65_HS1-834228961_62-HQ-83894_Section_6
Agency: FBI
Page 147
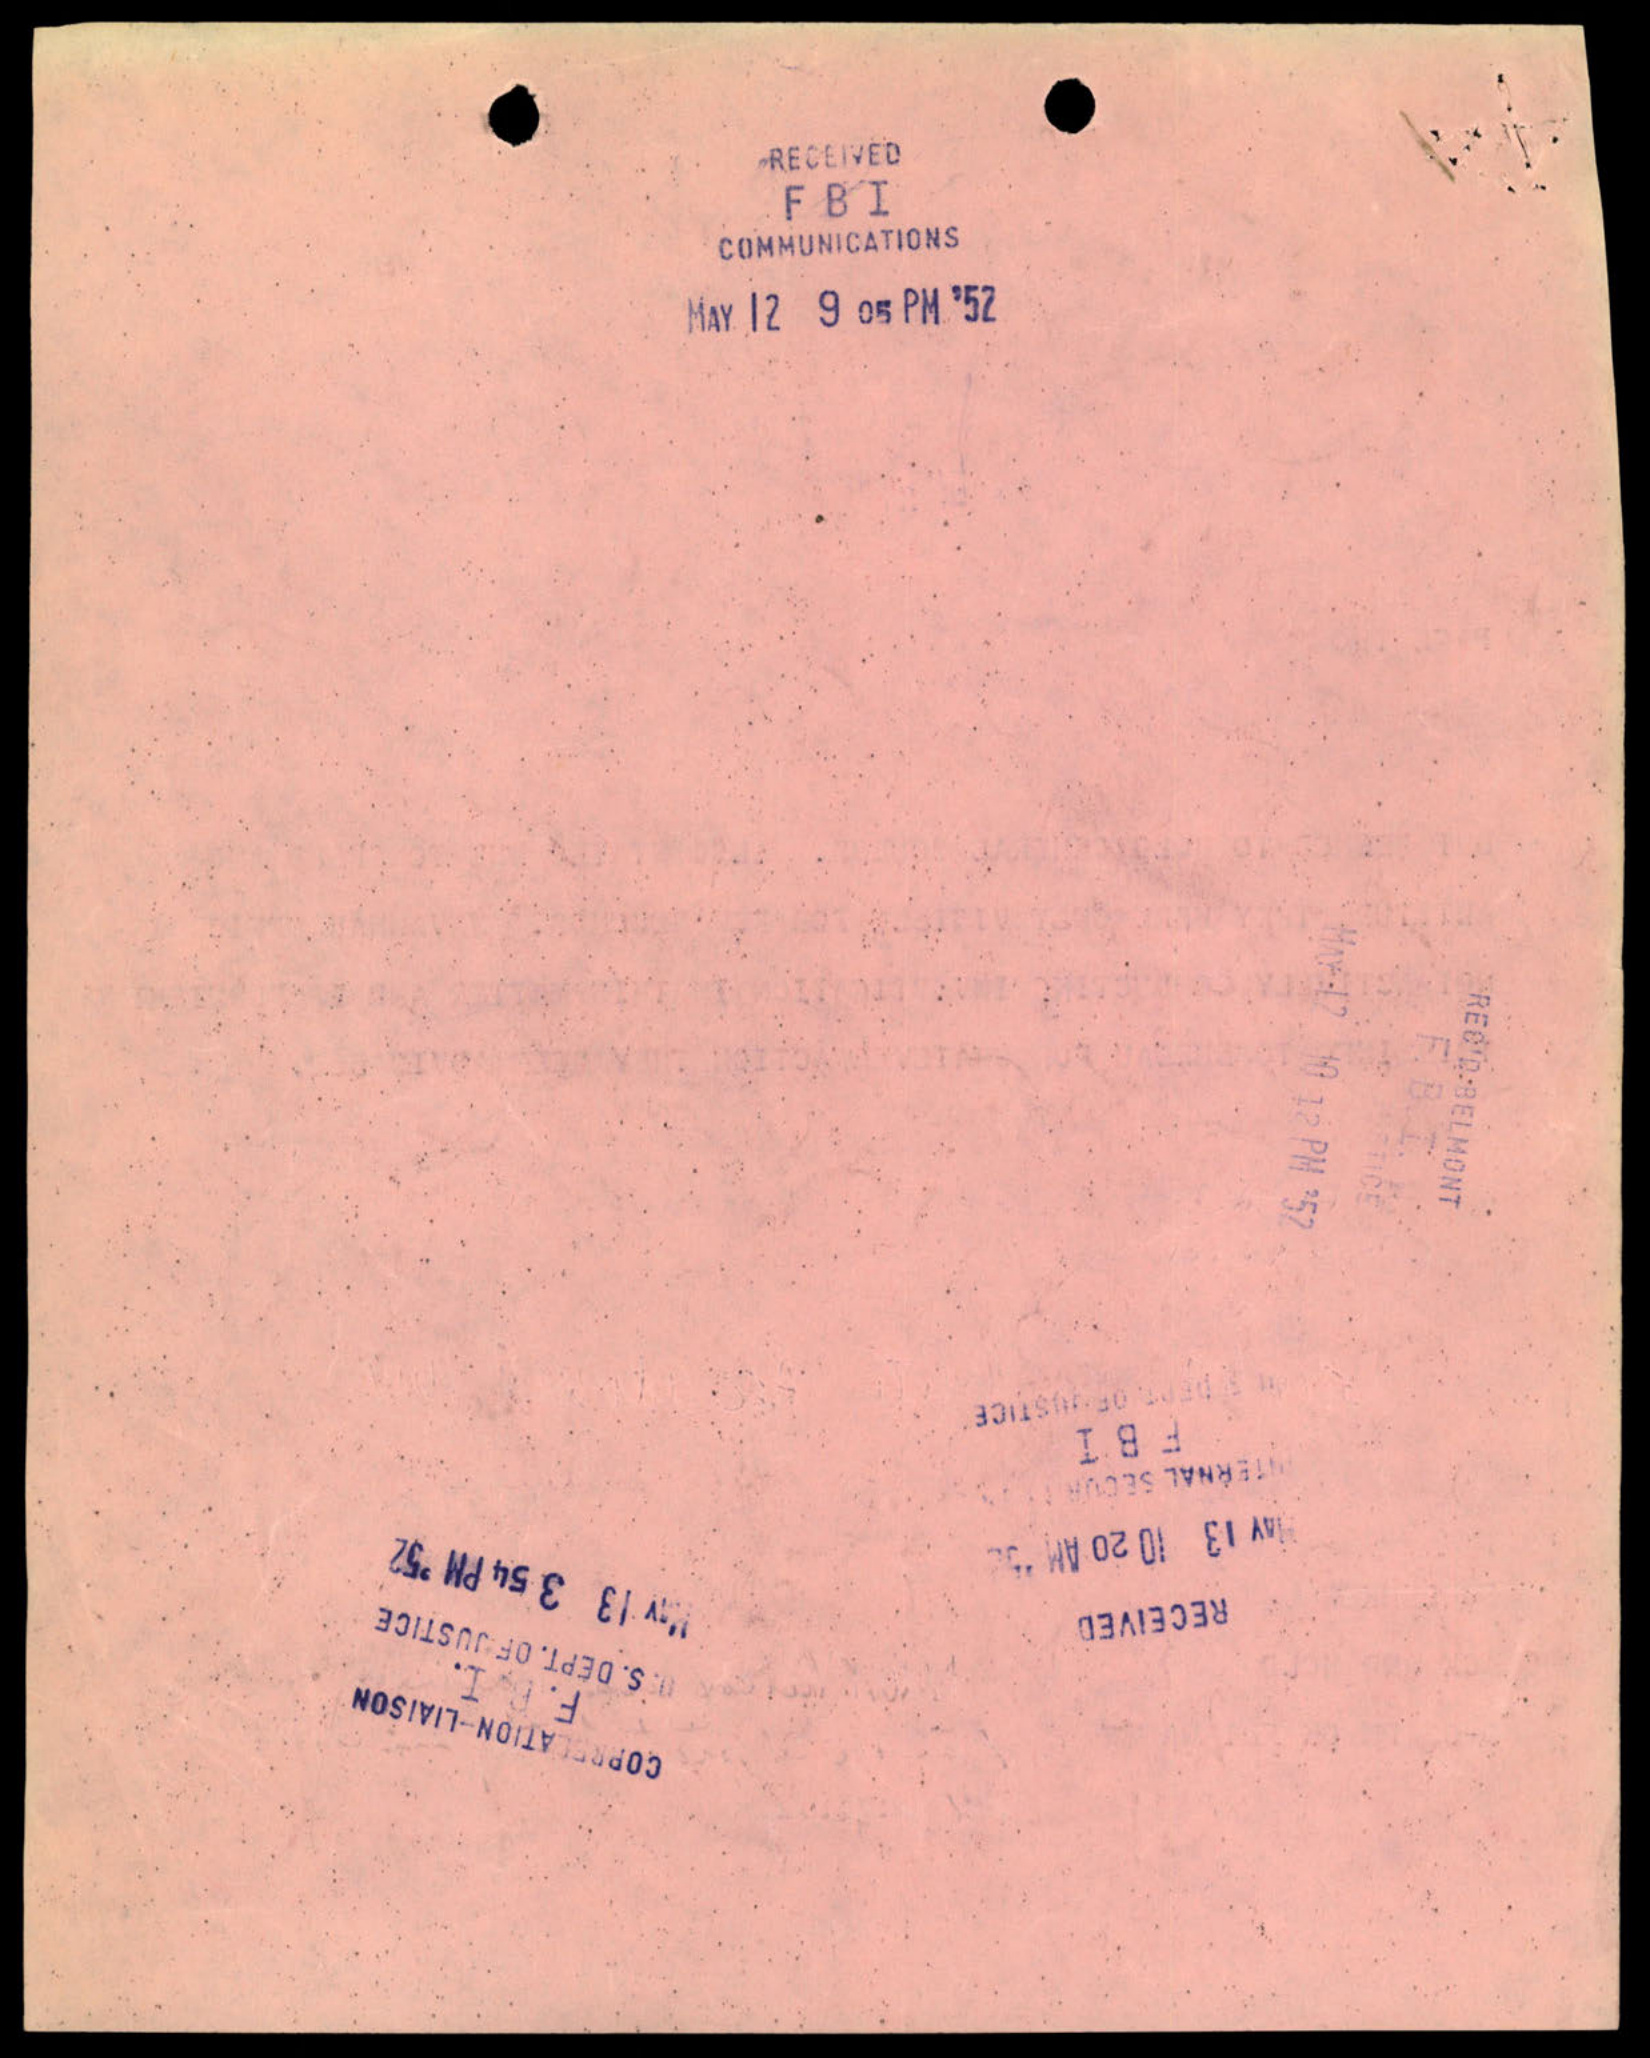